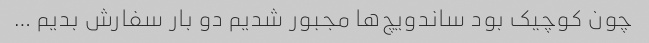
چون کوچیک بود ساندویچ‌ها مجبور شدیم دو بار سفارش بدیم …